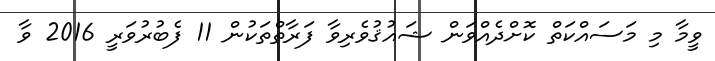
ވީމާ މި މަސައްކަތް ކޮށްދެއްވަން ޝައުޤުވެރިވާ ފަރާތްތަކުން 11 ފެބުރުވަރީ 2016 ވާ